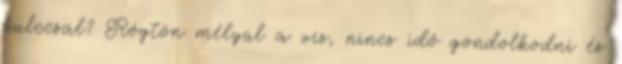
kulccsal? Rögtön mélyül a víz, nincs idő gondolkodni és